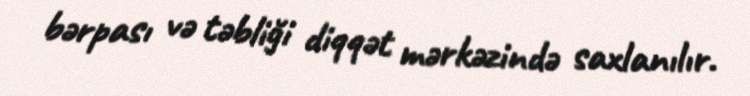
bərpası və təbliği diqqət mərkəzində saxlanılır.